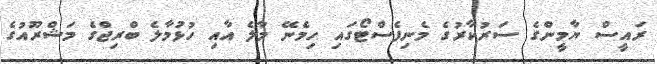
ރައީސް ޔާމީންގެ ސަރުކާރުގެ މެނިފެސްޓޯގައި ހިމެނޭ މާލެ އާއި ހުޅުމާލެ ބްރިޖްގެ މަޝްރޫއުގެ